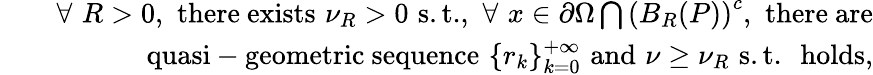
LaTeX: \begin{array}{rlr}&{}&{\forall\, \, R>0,\, \, \mathrm{there~exists}\, \, \nu_{R}>0\, \, \mathrm{s.t.},\, \, \forall\, \, x\in\partial\Omega\bigcap\left(B_{R}(P)\right)^{c},\, \, \mathrm{there~are}}\\ &{}&{\mathrm{quasi-geometric~sequence}\, \, \{ r_{k}\} _{k=0}^{+\infty}\, \, \mathrm{and}\, \, \nu\geq\nu_{R}\, \, \mathrm{s.t.}\, \, \, \, \mathrm{holds},}\end{array}